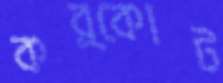
কর্কোট